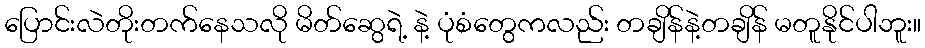
ပြောင်းလဲတိုးတက်နေသလို မိတ်ဆွေရဲ့ နဲ့ ပုံစံတွေကလည်း တချိန်နဲ့တချိန် မတူနိုင်ပါဘူး။